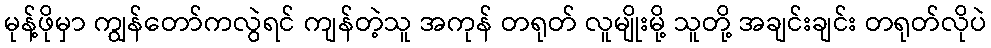
မုန့်ဖိုမှာ ကျွန်တော်ကလွဲရင် ကျန်တဲ့သူ အကုန် တရုတ် လူမျိုးမို့ သူတို့ အချင်းချင်း တရုတ်လိုပဲ